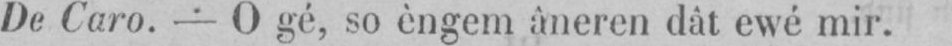
De Caro. - O gé, so èngem âneren dât ewé mir.